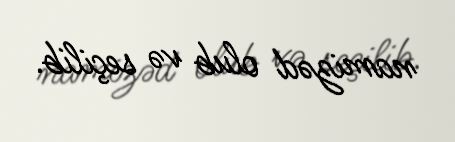
namizəd olub və seçilib.